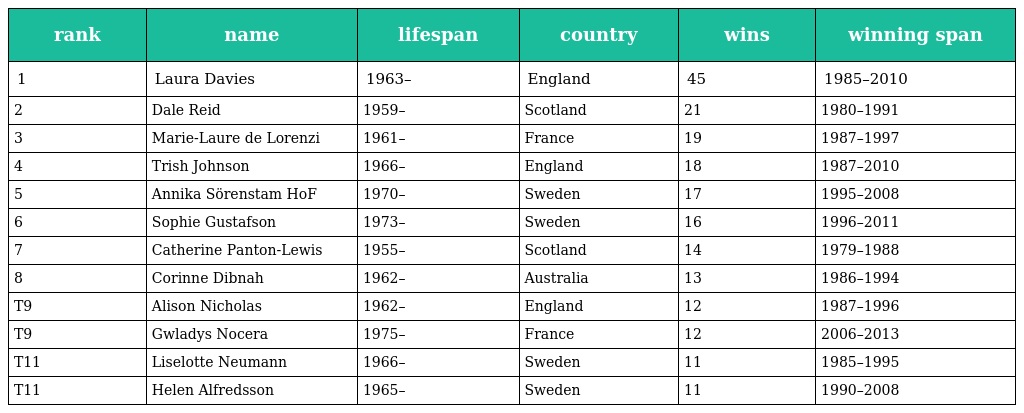
| rank | name | lifespan | country | wins | winning span |
 | --- | --- | --- | --- | --- | --- |
 | 1 | Laura Davies | 1963– | England | 45 | 1985–2010 |
 | 2 | Dale Reid | 1959– | Scotland | 21 | 1980–1991 |
 | 3 | Marie-Laure de Lorenzi | 1961– | France | 19 | 1987–1997 |
 | 4 | Trish Johnson | 1966– | England | 18 | 1987–2010 |
 | 5 | Annika Sörenstam HoF | 1970– | Sweden | 17 | 1995–2008 |
 | 6 | Sophie Gustafson | 1973– | Sweden | 16 | 1996–2011 |
 | 7 | Catherine Panton-Lewis | 1955– | Scotland | 14 | 1979–1988 |
 | 8 | Corinne Dibnah | 1962– | Australia | 13 | 1986–1994 |
 | T9 | Alison Nicholas | 1962– | England | 12 | 1987–1996 |
 | T9 | Gwladys Nocera | 1975– | France | 12 | 2006–2013 |
 | T11 | Liselotte Neumann | 1966– | Sweden | 11 | 1985–1995 |
 | T11 | Helen Alfredsson | 1965– | Sweden | 11 | 1990–2008 |